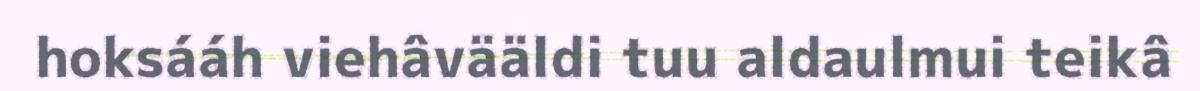
hoksááh viehâvääldi tuu aldaulmui teikâ